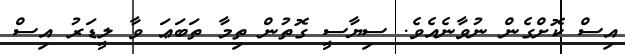
އިސް ކޮށްގެން ނުވާނެއެވެ. ސިޔާސީ ގޮތުން ތިމާ ތަބަޢަ ވާ ލީޑަރު އިސް